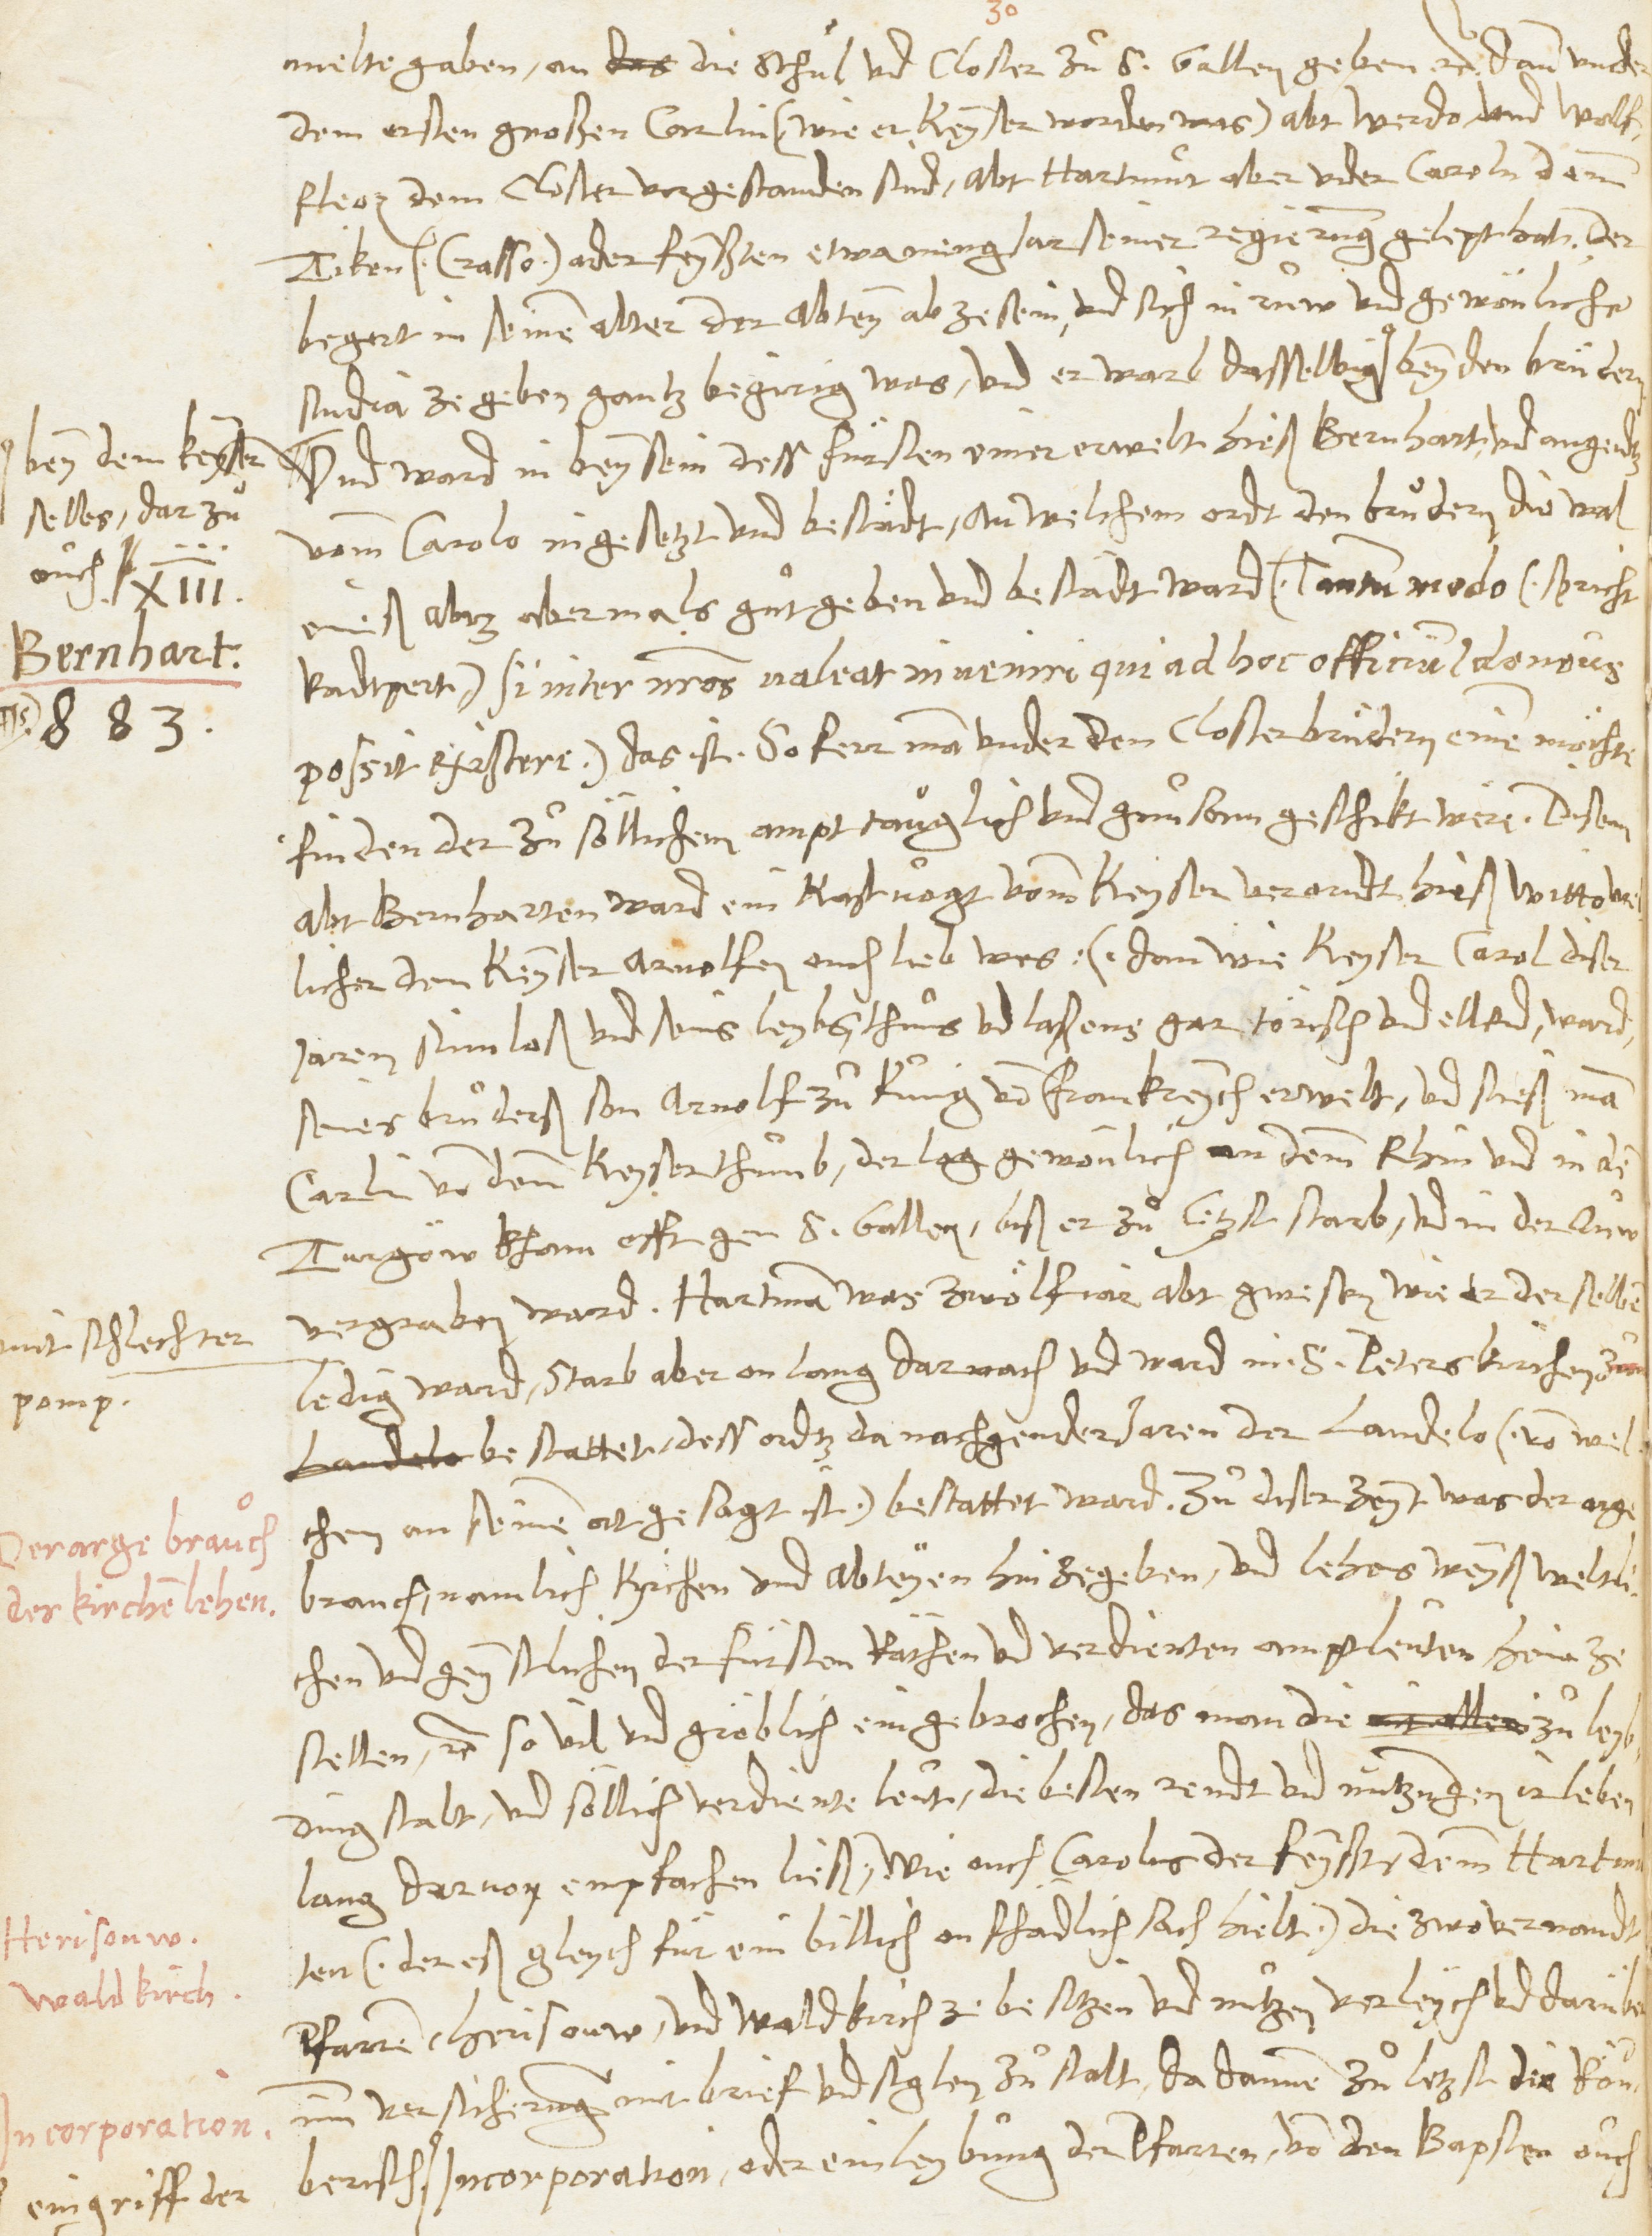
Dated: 1545–1546